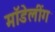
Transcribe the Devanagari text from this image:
मॉडेलींग